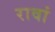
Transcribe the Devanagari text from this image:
रावां